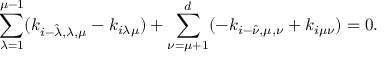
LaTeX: \sum _ { \lambda = 1 } ^ { \mu - 1 } ( k _ { i - \hat { \lambda } , \lambda , \mu } - k _ { i \lambda \mu } ) + \sum _ { \nu = \mu + 1 } ^ { d } ( - k _ { i - \hat { \nu } , \mu , \nu } + k _ { i \mu \nu } ) = 0 .